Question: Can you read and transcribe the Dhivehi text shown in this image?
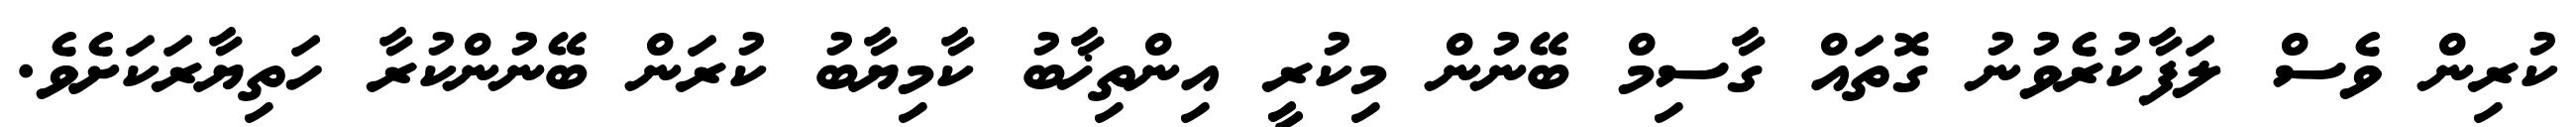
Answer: ކުރިން ވެސް ލަފާކުރެވުނު ގޮތައް ގާސިމް ބޭނުން މިކުރީ އިންތިޚާބު ކާމިޔާބު ކުރަން ބޭނުންކުރާ ހަތިޔާރަކަށެވެ.